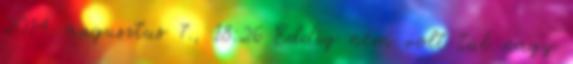
2014. augusztus 7., 18:26 Eddig nem volt túl nagy